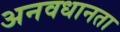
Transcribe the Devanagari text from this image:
अनवधानता